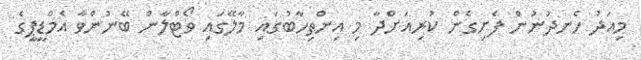
މިއަދު ހެނދުނުން ފެށިގެން ކުރިއަށްދާ މި އިންތިހާބުގައި މާލޭގައި ވޯޓްލާން ބޭނުންވާ އެމްޑީޕީގެ